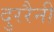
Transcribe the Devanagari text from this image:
दुररैनी